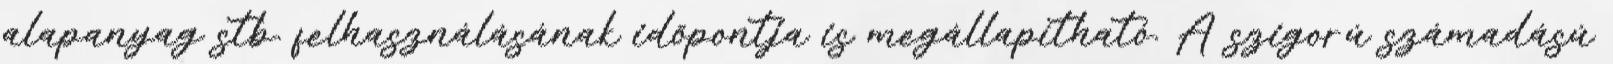
alapanyag stb. felhasználásának időpontja is megállapítható. A szigorú számadású